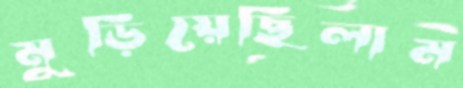
মুড়িয়েছিলাম